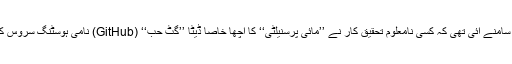
تاہم، گزشتہ دنوں یہ بات ضرور سامنے آئی تھی کہ کسی نامعلوم تحقیق کار نے ’’مائی پرسنیلٹی‘‘ کا اچھا خاصا ڈیٹا ’’گٹ حب‘‘ (GitHub) نامی ہوسٹنگ سروس کی ویب سائٹ پر شیئر کرادیا تھا۔